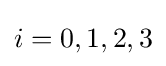
i=0,1,2,3